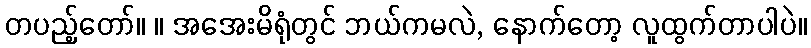
တပည့်တော်။ ။ အအေးမိရုံတွင် ဘယ်ကမလဲ, နောက်တော့ လူထွက်တာပါပဲ။